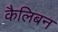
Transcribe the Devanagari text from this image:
कैलिबन